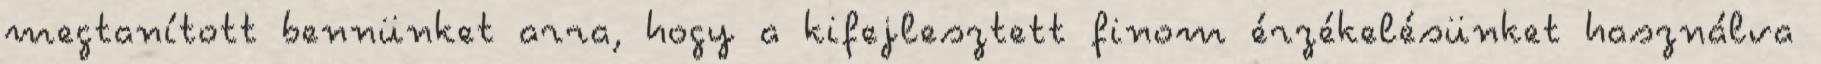
megtanított bennünket arra, hogy a kifejlesztett finom érzékelésünket használva